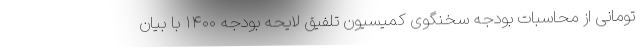
تومانی از محاسبات بودجه سخنگوی کمیسیون تلفیق لایحه بودجه ۱۴۰۰ با بیان